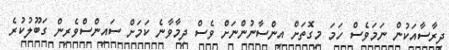
ދިރާސާއަކުން ނަމަވެސް ހަމަ މިގޮތަށް އިންސާނުންނަށް ވެސް ދިމާވާނެ ކަމަށް ސައިންސްވެރިން ގަބޫލުކުރެ